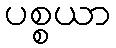
ပစ္စယာ